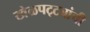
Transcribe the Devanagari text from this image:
खेळपट्ट्यांची